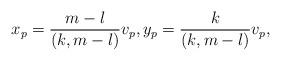
LaTeX: \begin{align*}x_p = \frac{m-l}{(k,m-l)} v_p, y_p = \frac{k}{(k,m-l)} v_p,\end{align*}